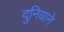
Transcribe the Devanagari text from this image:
दुनियाने